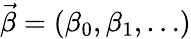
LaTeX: \vec{\beta}=(\beta_{0},\beta_{1},\dots)